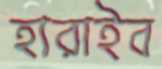
হারাইব